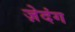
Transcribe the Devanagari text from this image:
ज़ेदंग